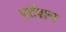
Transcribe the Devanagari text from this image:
एटेंशन